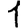
Digit: 1